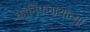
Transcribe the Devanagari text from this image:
कानिफनाथाच्या